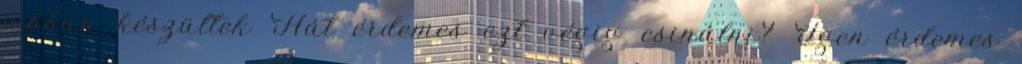
jobban készültek Hát érdemes ezt végig csinálni? Igen érdemes